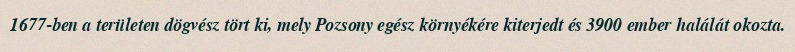
1677-ben a területen dögvész tört ki, mely Pozsony egész környékére kiterjedt és 3900 ember halálát okozta.